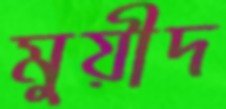
মুয়ীদ